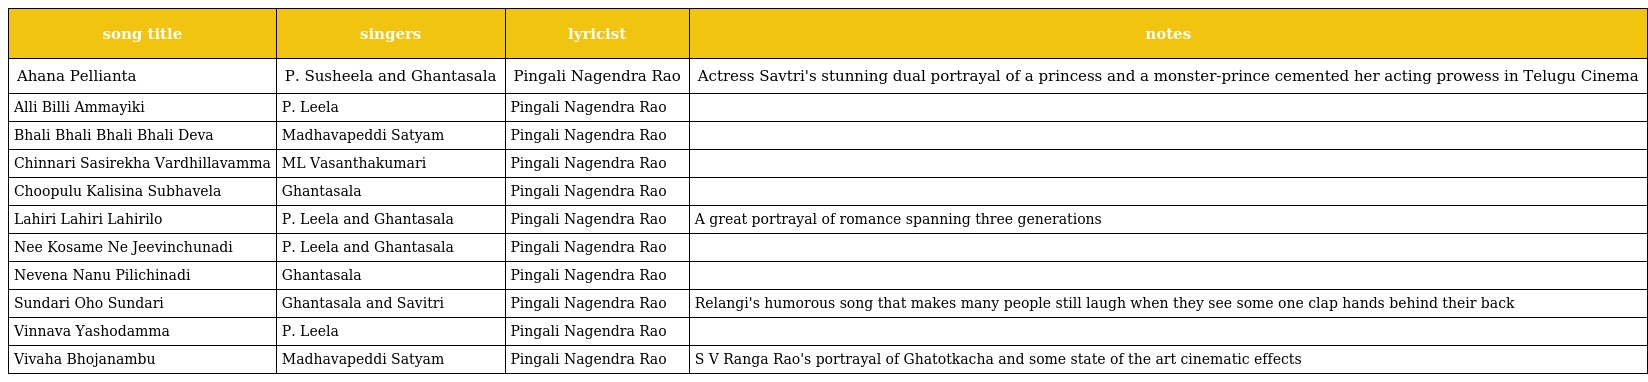
| song title | singers | lyricist | notes |
 | --- | --- | --- | --- |
 | Ahana Pellianta | P. Susheela and Ghantasala | Pingali Nagendra Rao | Actress Savtri's stunning dual portrayal of a princess and a monster-prince cemented her acting prowess in Telugu Cinema |
 | Alli Billi Ammayiki | P. Leela | Pingali Nagendra Rao |  |
 | Bhali Bhali Bhali Bhali Deva | Madhavapeddi Satyam | Pingali Nagendra Rao |  |
 | Chinnari Sasirekha Vardhillavamma | ML Vasanthakumari | Pingali Nagendra Rao |  |
 | Choopulu Kalisina Subhavela | Ghantasala | Pingali Nagendra Rao |  |
 | Lahiri Lahiri Lahirilo | P. Leela and Ghantasala | Pingali Nagendra Rao | A great portrayal of romance spanning three generations |
 | Nee Kosame Ne Jeevinchunadi | P. Leela and Ghantasala | Pingali Nagendra Rao |  |
 | Nevena Nanu Pilichinadi | Ghantasala | Pingali Nagendra Rao |  |
 | Sundari Oho Sundari | Ghantasala and Savitri | Pingali Nagendra Rao | Relangi's humorous song that makes many people still laugh when they see some one clap hands behind their back |
 | Vinnava Yashodamma | P. Leela | Pingali Nagendra Rao |  |
 | Vivaha Bhojanambu | Madhavapeddi Satyam | Pingali Nagendra Rao | S V Ranga Rao's portrayal of Ghatotkacha and some state of the art cinematic effects |